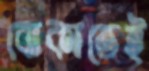
বোকাতেই